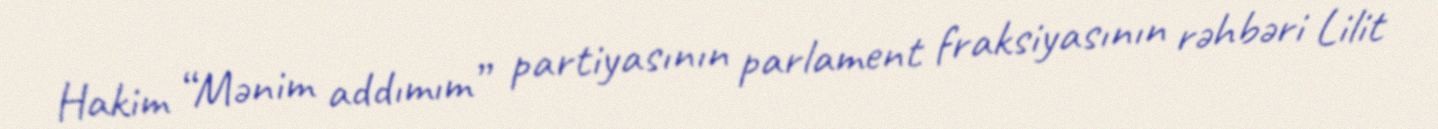
Hakim “Mənim addımım” partiyasının parlament fraksiyasının rəhbəri Lilit